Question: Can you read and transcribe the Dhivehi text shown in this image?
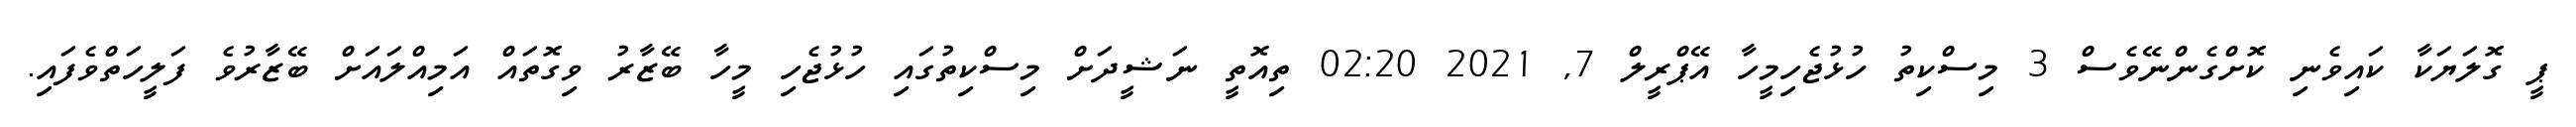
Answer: ޕީ ގޮލަޔަކާ ކައިވެނި ކޮށްގެންނޭވެސް 3 މިސްކިތު ހުޅުޖެހިމީހާ އޭޕްރީލް 7, 2021 02:20 ތިއޮތީ ނަޝީދަށް މިސްކިތުގައި ހުޅުޖެހި މީހާ ބޭޒާރު ވިގޮތައް އަމިއްލައަށް ބޭޒާރުވެ ފަލީހަތްވެފައި.